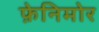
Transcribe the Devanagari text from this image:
फ़ेनिमोर